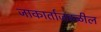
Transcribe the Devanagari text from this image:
जाकार्ताजवळील